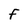
Character: F